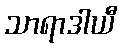
သာရာဒါယီ